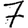
Digit: 7